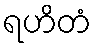
ရဟိတံ